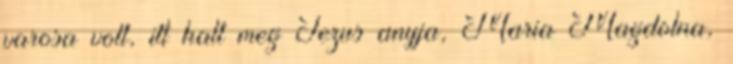
varosa volt, itt halt meg Jezus anyja, Maria Magdolna,